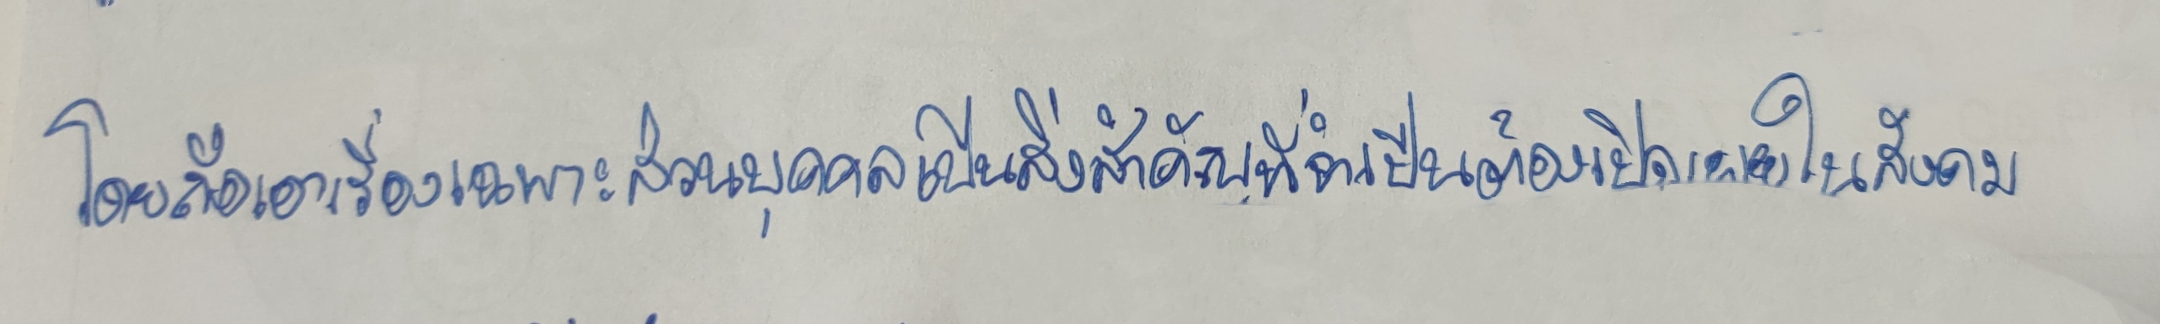
โดยถือเอาเรื่องเฉพาะส่วนบุคคลเป็นสิ่งสำคัญที่จำเป็นต้องเปิดเผยในสังคม